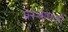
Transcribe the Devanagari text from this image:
प्रस्थापकों